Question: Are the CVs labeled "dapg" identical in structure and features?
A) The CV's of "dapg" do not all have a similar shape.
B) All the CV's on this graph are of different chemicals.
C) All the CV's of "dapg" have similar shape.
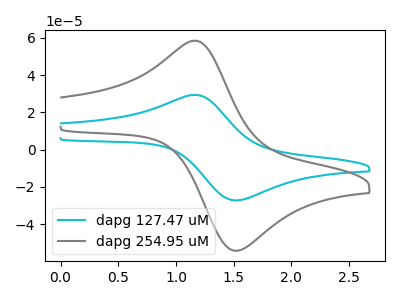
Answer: <think>The cyan curve "dapg 127.47 uM" has an anodic peak at (1.15V, 29.35uA) and a cathodic peak at (1.55V, -27.25uA). The gray curve "dapg 254.95 uM" has an anodic peak at (1.15V, 58.45uA) and a cathodic peak at (1.55V, -54.20uA).
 All the peaks in "dapg 127.47 uM" have a peak in "dapg 254.95 uM" at the same potential. Every peak in "dapg 127.47 uM" is lower than every peak in "dapg 254.95 uM".</think>
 <answer>C) All the CV's of "dapg" have similar shape.</answer>
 <eval>C</eval>